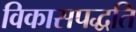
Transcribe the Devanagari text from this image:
विकासपद्धति